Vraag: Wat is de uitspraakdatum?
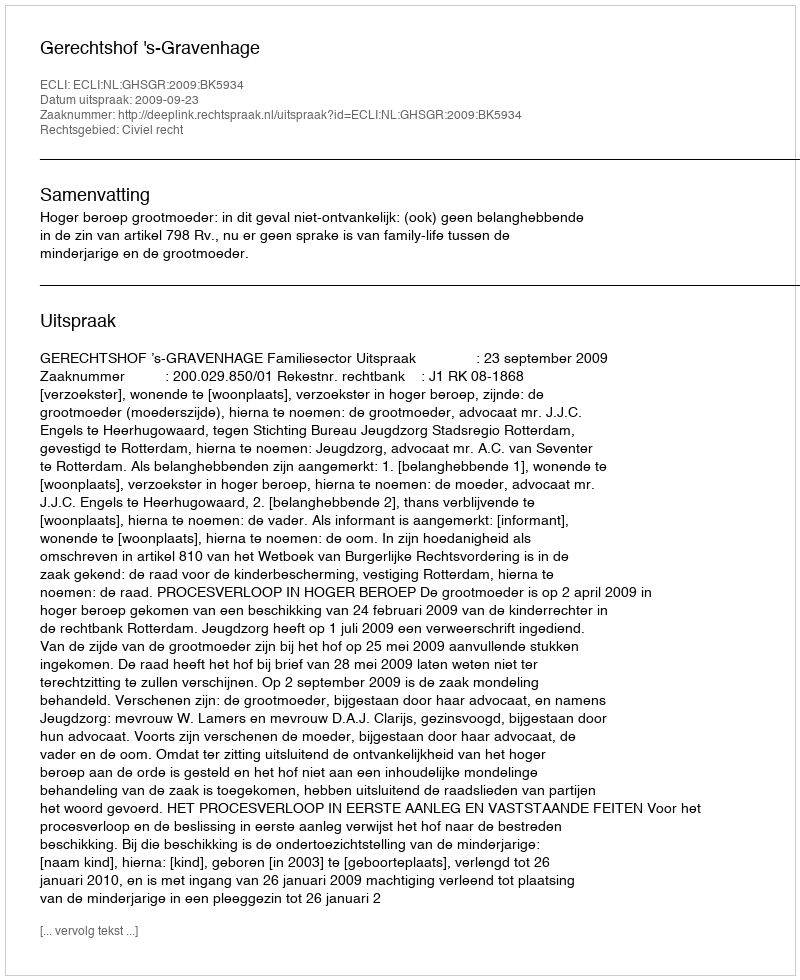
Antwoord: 2009-09-23